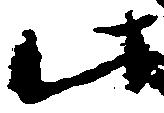
此